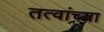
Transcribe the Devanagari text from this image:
तत्वांच्या